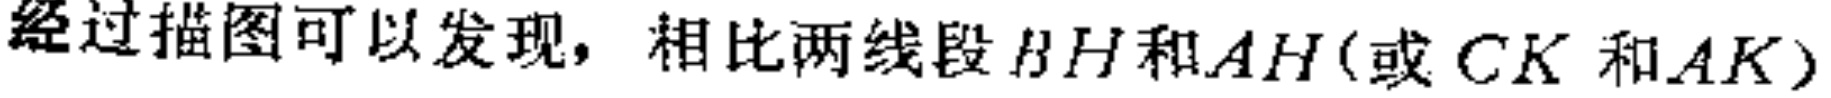
经过描图可以发现，相比两线段$BH$和$AH$(或$CK$和$AK$)